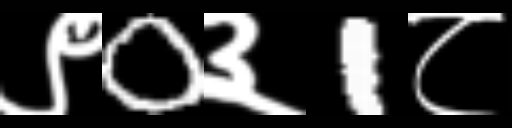
Text: ९0३1८